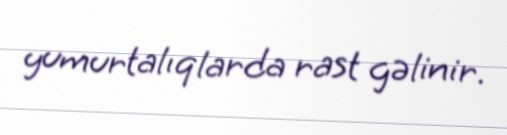
yumurtalıqlarda rast gəlinir.